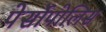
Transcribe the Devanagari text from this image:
पेर्सोपोलिस